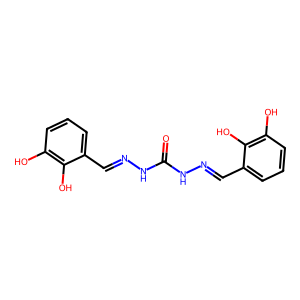
SMILES: O=C(NN=Cc1cccc(O)c1O)NN=Cc1cccc(O)c1O
Inhibits HIV replication: No